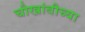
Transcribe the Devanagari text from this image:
चौखांबीच्या